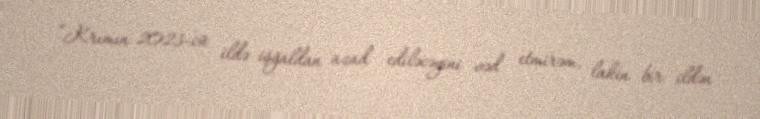
“Krımın 2023-cü ildə işğaldan azad ediləcəyini vəd etmirəm, lakin bir ildən